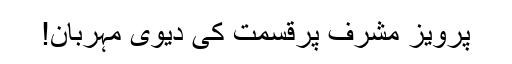
پرویز مشرف پرقسمت کی دیوی مہربان!